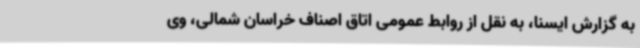
به گزارش ایسنا، به نقل از روابط عمومی اتاق اصناف خراسان شمالی، وی